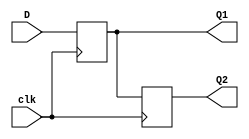
`timescale 1ns / 1ps
//////////////////////////////////////////////////////////////////////////////////
// Company: 
// Engineer: 
// 
// Design Name: 
// Module Name: ff_block_nonblock
// Project Name: 
// Target Devices: 
// Tool Versions: 
// Description: 
// 
// Dependencies: 
// 
// Revision:
// Revision 0.01 - File Created
// Additional Comments:
// 
//////////////////////////////////////////////////////////////////////////////////


module ff_block_nonblock(
    input D,
    input clk,
    output reg Q1,
    output reg Q2
    );

    always@(posedge clk)
    begin
        Q1 <= D;
        Q2 <= Q1; 
    end

endmodule